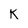
Character: k